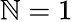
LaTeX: \mathbb{N}=1